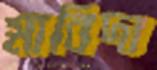
মাবিদা